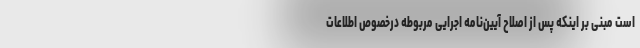
است مبنی بر اینکه پس از اصلاح آیین‌نامه اجرایی مربوطه درخصوص اطلاعات